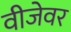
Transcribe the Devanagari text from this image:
वीजेवर